Annual administration report of the Civil Veterinary Department of India - 1896-1897
Year: 1896
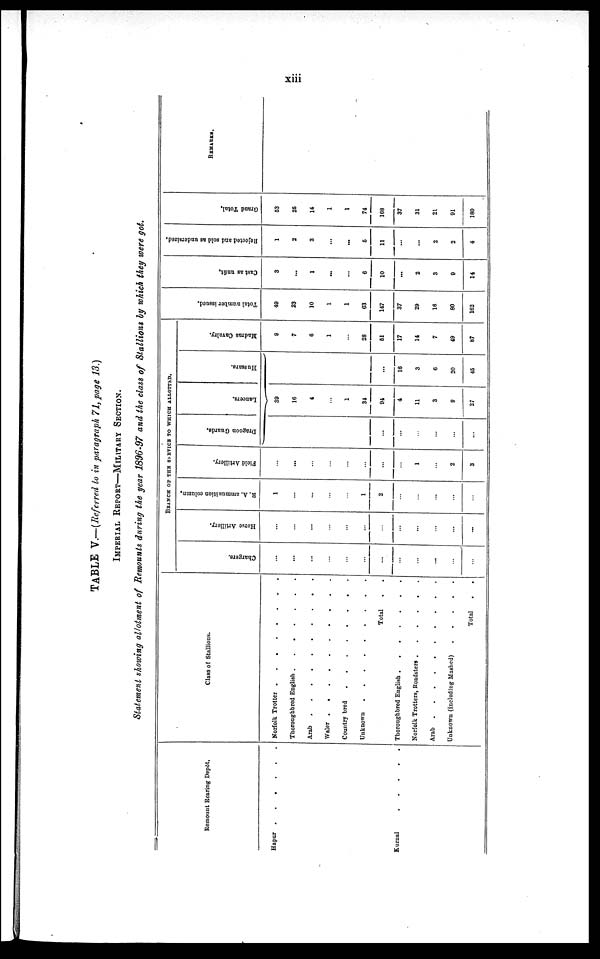
xiii
TABLE V.—(Referred to in paragraph 71, page 13.)
IMPERIAL REPORT-MILITARY SECTION.
Statement showing allotment of Remounts during the year 1896-97 and the class of Stallions by which they were got.
Remount Rearing Depôt.
Hapur . . . . . .
Kurnal . . . . .
Class of Stallions.
Norfolk Trotter . .
.
.
.
. . . .
Thoroughbred English . . . . . . . .
Arab
.
.
.
.
.
.
.
.
Waler . . . . . . . .
Country bred
.
.
.
.
. . . . .
Unknown
.
.
.
.
.
.
.
.
Total . .
Thoroughbred English
.
.
.
.
.
.
.
Norfolk Trotters, Roadsters . . . . . . . .
Arab
.
.
.
.
.
. . . .
Unknown (including Mashed) . . . . .
Total . .
BRANCH OF THE SERVICE TO WHICH ALLOTTED.
Chargers.
...
...
...
...
...
...
...
...
...
...
...
...
Horse Artillery.
...
...
...
...
...
...
...
...
...
...
...
...
R. A. ammunition column.
1
...
...
...
...
1
2
...
...
...
...
...
Field Artillery.
...
...
...
...
...
...
...
...
1
...
2
3
Dragoon Guards.
...
...
...
...
...
...
Lancers.
39
16
4
...
1
34
94
4
11
3
9
27
Hussara.
...
16
3
6
20
45
Madras Cavalry.
9
7
6
1
...
28
61
17
14
7
49
87
Total number i ssued.
49
23
10
1
1
63
147
37
29
16
80
162
Cast as unfit.
3
...
1
...
...
6
10
...
2
3
9
14
Rejected and sold as undersized.
1
2
3
...
...
5
11
...
...
2
2
4
Gr a nd Total.
53
25
14
1
1
74
168
37
31
21
91
180
REMARKS.